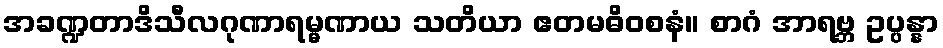
အခဏ္ဍတာဒိသီလဂုဏာရမ္မဏာယ သတိယာ ဧတမဓိဝစနံ။ စာဂံ အာရဗ္ဘ ဥပ္ပန္နာ